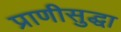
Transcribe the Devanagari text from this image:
प्राणीसुद्धा